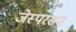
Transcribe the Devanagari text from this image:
जेस्परसन